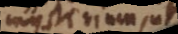
Mysterium ut